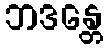
ဘဒန္တေ